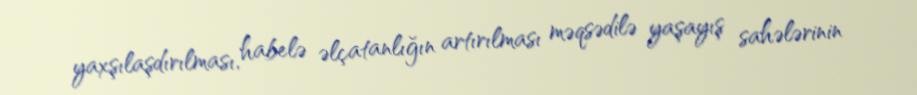
yaxşılaşdırılması, habelə əlçatanlığın artırılması məqsədilə yaşayış sahələrinin